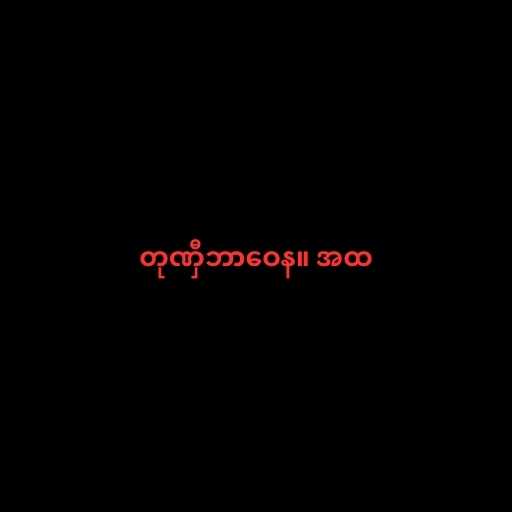
တုဏှီဘာဝေန။ အထ